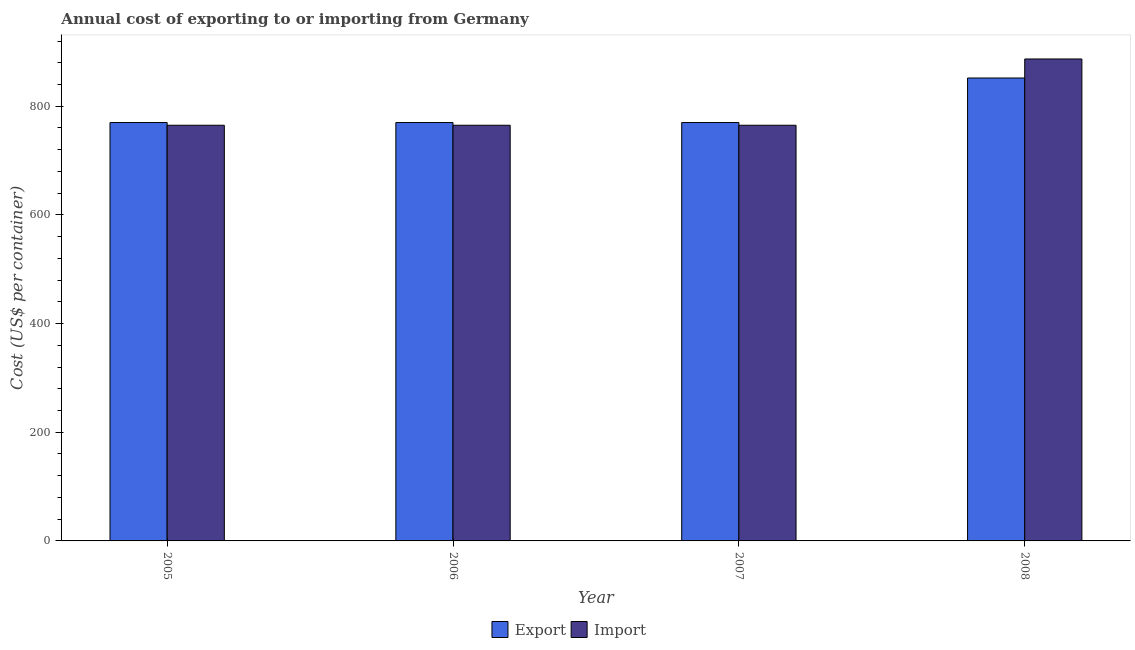
| Year | Export | Import |
 | --- | --- | --- |
 | 2005 | 770 | 765 |
 | 2006 | 770 | 765 |
 | 2007 | 770 | 765 |
 | 2008 | 852 | 887 |